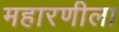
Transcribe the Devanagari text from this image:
महारणीला